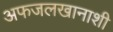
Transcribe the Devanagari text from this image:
अफजलखानाशी